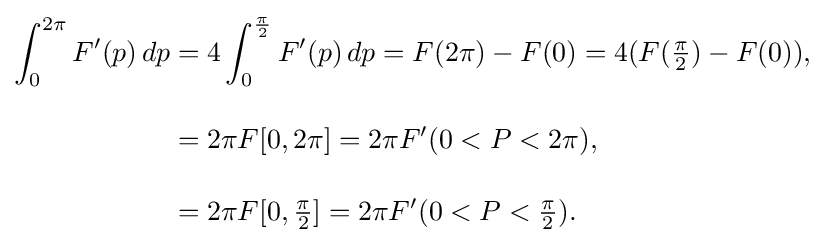
{\begin{aligned}\int _{0}^{2\pi }F'(p)\,dp&=4\int _{0}^{\frac {\pi }{2}}F'(p)\,dp=F(2\pi )-F(0)=4(F({\begin{matrix}{\frac {\pi }{2}}\end{matrix}})-F(0)),\\[10pt]&=2\pi F[0,2\pi ]=2\pi F'(0<P<2\pi ),\\[10pt]&=2\pi F[0,{\begin{matrix}{\frac {\pi }{2}}\end{matrix}}]=2\pi F'(0<P<{\begin{matrix}{\frac {\pi }{2}}\end{matrix}}).\end{aligned}}